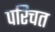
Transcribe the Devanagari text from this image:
परिचत